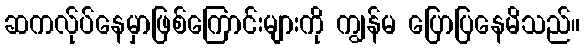
ဆကလ်ုပ်နေမှာဖြစ်ကြောင်းများကို ကျွန်မ ပြောပြနေမိသည်။